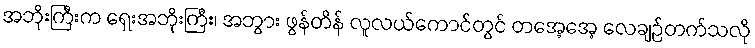
အဘိုးကြီးက ရှေးအဘိုးကြီး၊ အဘွား ဖွန်တိန် လူလယ်ကောင်တွင် တအေ့အေ့ လေချဉ်တက်သလို